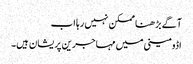
آگے بڑھنا ممکن نہیں رہا اب
اڈومینی میں مہاجرین پریشان ہیں۔